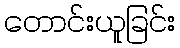
တောင်းယူခြင်း